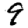
Digit: 9